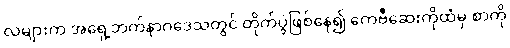
လများက အရှေ့ဘက်နာဂဒေသတွင် တိုက်ပွဲဖြစ်နေ၍ ကေဗီဆေးကိုထံမှ စာကို